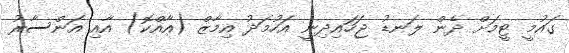
ގައުމީ ޓީމަށް ދެން ލަނޑު ޖަހައިދިނީ އަހުމަދު އިމާޒް (އާއްކޮ) އާއި އަންސާރު